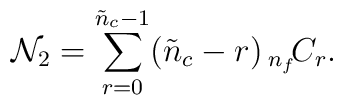
{\cal N}_{2}        = \sum_{r=0}^{\tilde{n}_{c}-1} (\tilde{n}_{c}-r) \,{}_{n_{f}}\!C_{r}.